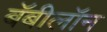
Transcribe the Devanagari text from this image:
बॅबीलॉन